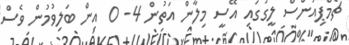
ޗެމްޕިއަންސް ލީގުގައި އޭސީ މިލާން އަތުން 4- 0 އިން ބަލިވުމުން ވެސް